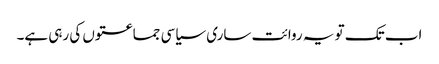
اب تک تو یہ روائت ساری سیاسی جماعتوں کی رہی ہے۔